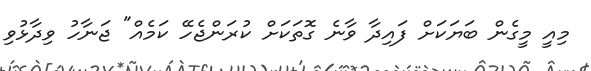
މިއީ މީގެން ބަޔަކަށް ފައިދާ ވާނެ ގޮތަކަށް ކުރަންޖެހޭ ކަމެއް" ޖަނާހު ވިދާޅުވި